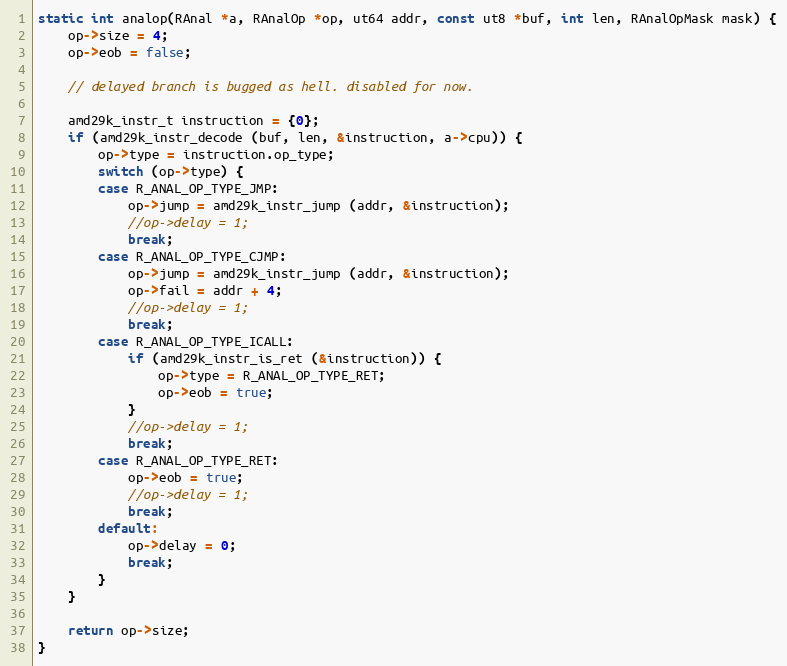
Language: C
static int analop(RAnal *a, RAnalOp *op, ut64 addr, const ut8 *buf, int len, RAnalOpMask mask) {
	op->size = 4;
	op->eob = false;

	// delayed branch is bugged as hell. disabled for now.

	amd29k_instr_t instruction = {0};
	if (amd29k_instr_decode (buf, len, &instruction, a->cpu)) {
		op->type = instruction.op_type;
		switch (op->type) {
		case R_ANAL_OP_TYPE_JMP:
			op->jump = amd29k_instr_jump (addr, &instruction);
			//op->delay = 1;
			break;
		case R_ANAL_OP_TYPE_CJMP:
			op->jump = amd29k_instr_jump (addr, &instruction);
			op->fail = addr + 4;
			//op->delay = 1;
			break;
		case R_ANAL_OP_TYPE_ICALL:
			if (amd29k_instr_is_ret (&instruction)) {
				op->type = R_ANAL_OP_TYPE_RET;
				op->eob = true;
			}
			//op->delay = 1;
			break;
		case R_ANAL_OP_TYPE_RET:
			op->eob = true;
			//op->delay = 1;
			break;
		default:
			op->delay = 0;
			break;
		}
	}

	return op->size;
}